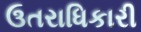
ઉતરાધિકારી